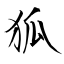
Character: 狐